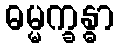
ဓမ္မက္ခန္ဓာ